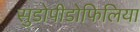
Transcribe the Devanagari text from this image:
सुडोपीडोफिलिया